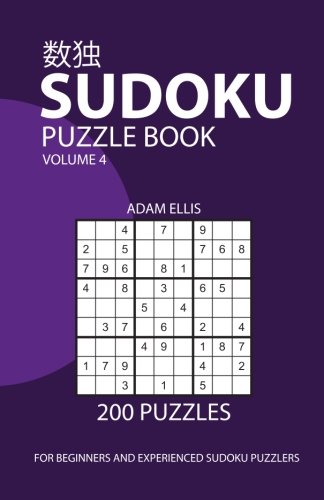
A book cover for Sudoku Puzzle Book Volume 4: 200 Puzzles; Adam Ellis; Humor & Entertainment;